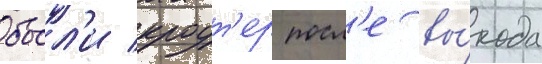
босл'и кроут'ер посл'е вы́хода